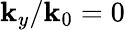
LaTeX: \mathbf{k}_{y}/\mathbf{k}_{0}=0